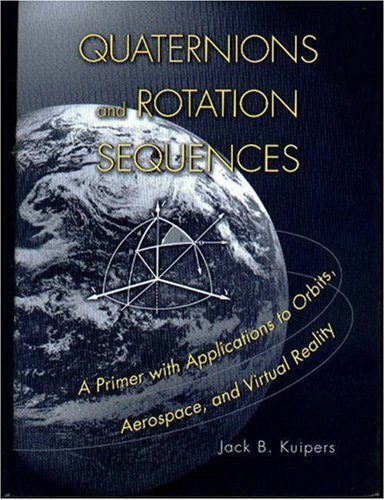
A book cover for Quaternions and Rotation Sequences; J. B. Kuipers; Science & Math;